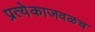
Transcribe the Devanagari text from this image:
प्रत्येकाजवळच